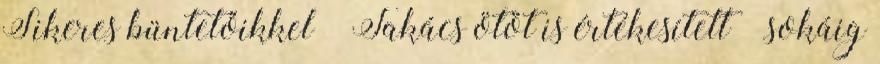
Sikeres büntetőikkel – Takács ötöt is értékesített – sokáig